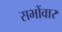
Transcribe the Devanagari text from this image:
सभोंवार